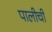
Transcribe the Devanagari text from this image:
पालीची